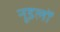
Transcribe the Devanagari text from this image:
नूडलों